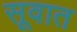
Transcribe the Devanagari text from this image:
सूवात